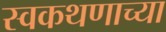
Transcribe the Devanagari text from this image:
स्वकथणाच्या